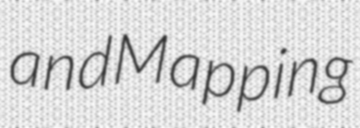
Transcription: and Mapping